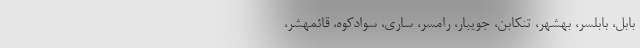
بابل، بابلسر، بهشهر، تنکابن، جویبار، رامسر، ساری، سوادکوه، قائمهشر،